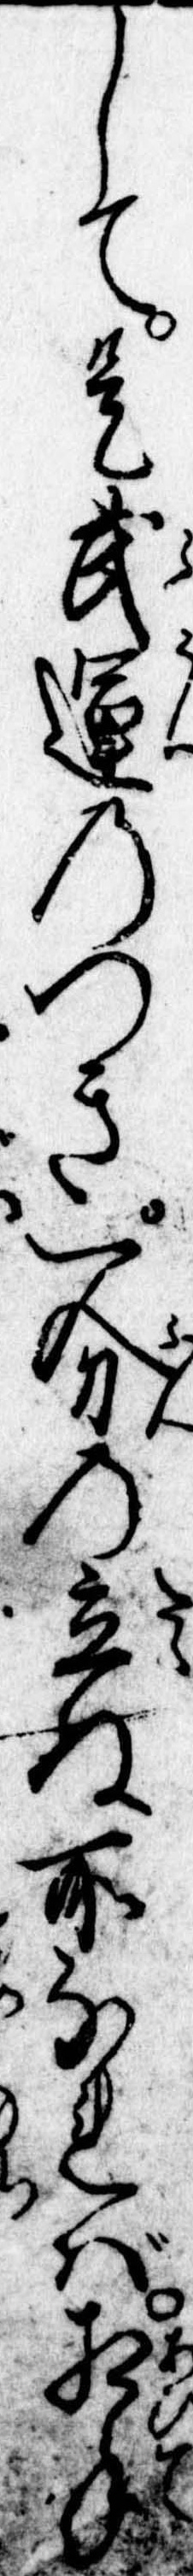
して是武運のつき一分の立ぬ所なれば相手